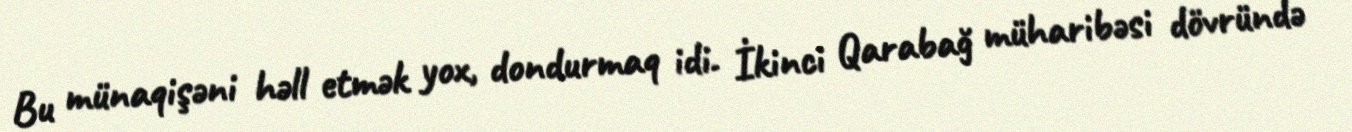
Bu münaqişəni həll etmək yox, dondurmaq idi. İkinci Qarabağ müharibəsi dövründə